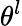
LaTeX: \theta^{l}